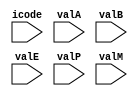
module writeback(
    input [3:0] icode,      
    input [3:0] valA,        
    input [3:0] valB,
    input [63:0] valE,          
    input [63:0] valP,
    input [63:0] valM,
    
);

endmodule